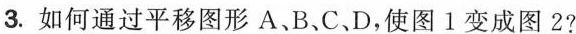
3. 如何通过平移图形A、B、C、D，使图1变成图2?